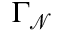
\Gamma _ { \mathcal { N } }